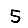
Digit: 5